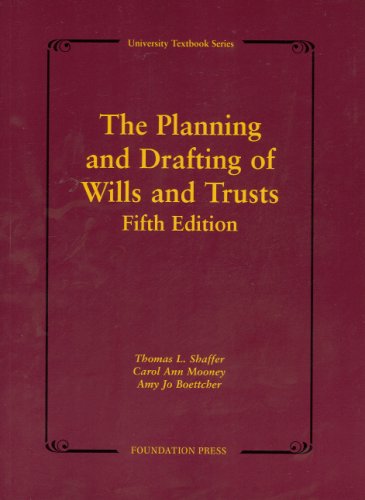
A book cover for The Planning and Drafting of Wills and Trusts (University Textbook Series); Thomas Shaffer; Law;